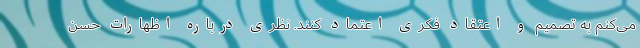
می‌کنم به تصمیم و اعتقاد فکری اعتماد کنند. نظری درباره اظهارات حسن